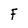
Character: F